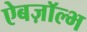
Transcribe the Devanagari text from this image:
ऐबज़ॉल्भ